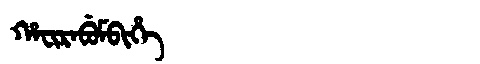
Manchu: ᡥᠠᠸᡳᡵᠠᠪᡠᠮᠪᡳᡥᡝ
Romanization: HAFIRABUMBIHE